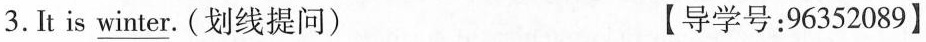
3. It is \underline{winter}. (划线提问) 【导学号:96352089】